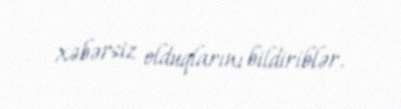
xəbərsiz olduqlarını bildiriblər.